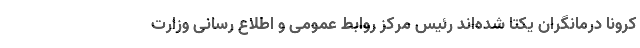
کرونا درمانگران یکتا شده‌اند رئیس مرکز روابط عمومی و اطلاع رسانی وزارت